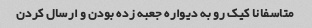
متاسفانا کیک رو به دیواره جعبه زده بودن و ارسال کردن